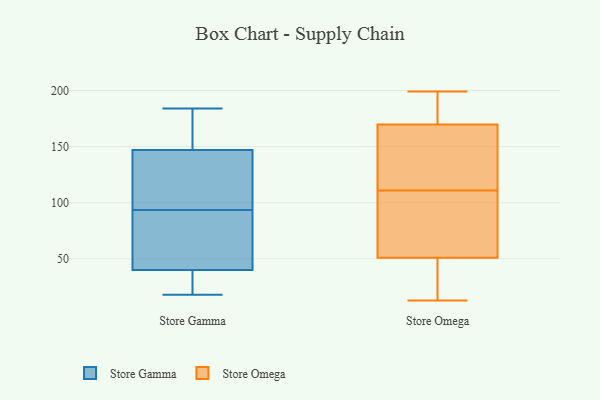
{"axis": {"x": "Waste Production (Tons)", "y": "Value"}, "legend": ["Store Gamma", "Store Omega"], "data": [{"x": "", "y": 98, "type": "Store Gamma"}, {"x": "", "y": 89, "type": "Store Gamma"}, {"x": "", "y": 147, "type": "Store Gamma"}, {"x": "", "y": 51, "type": "Store Gamma"}, {"x": "", "y": 40, "type": "Store Gamma"}, {"x": "", "y": 150, "type": "Store Gamma"}, {"x": "", "y": 116, "type": "Store Gamma"}, {"x": "", "y": 161, "type": "Store Gamma"}, {"x": "", "y": 184, "type": "Store Gamma"}, {"x": "", "y": 143, "type": "Store Gamma"}, {"x": "", "y": 33, "type": "Store Gamma"}, {"x": "", "y": 76, "type": "Store Gamma"}, {"x": "", "y": 18, "type": "Store Gamma"}, {"x": "", "y": 30, "type": "Store Gamma"}, {"x": "", "y": 154, "type": "Store Gamma"}, {"x": "", "y": 34, "type": "Store Gamma"}, {"x": "", "y": 143, "type": "Store Gamma"}, {"x": "", "y": 80, "type": "Store Gamma"}, {"x": "", "y": 80, "type": "Store Omega"}, {"x": "", "y": 111, "type": "Store Omega"}, {"x": "", "y": 160, "type": "Store Omega"}, {"x": "", "y": 67, "type": "Store Omega"}, {"x": "", "y": 117, "type": "Store Omega"}, {"x": "", "y": 46, "type": "Store Omega"}, {"x": "", "y": 198, "type": "Store Omega"}, {"x": "", "y": 42, "type": "Store Omega"}, {"x": "", "y": 173, "type": "Store Omega"}, {"x": "", "y": 13, "type": "Store Omega"}, {"x": "", "y": 177, "type": "Store Omega"}, {"x": "", "y": 45, "type": "Store Omega"}, {"x": "", "y": 66, "type": "Store Omega"}, {"x": "", "y": 199, "type": "Store Omega"}, {"x": "", "y": 129, "type": "Store Omega"}]}